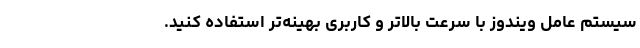
سیستم عامل ویندوز با سرعت بالاتر و کاربری بهینه‌تر استفاده کنید.